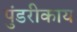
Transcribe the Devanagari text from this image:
पुंडरीकाय